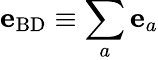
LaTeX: {\mathbf e}_{\mathrm{BD}}\equiv\sum_{a}{\mathbf e}_{a}